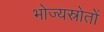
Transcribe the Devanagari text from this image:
भोज्यस्रोतों